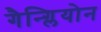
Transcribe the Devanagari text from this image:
गैन्ग्लियोन